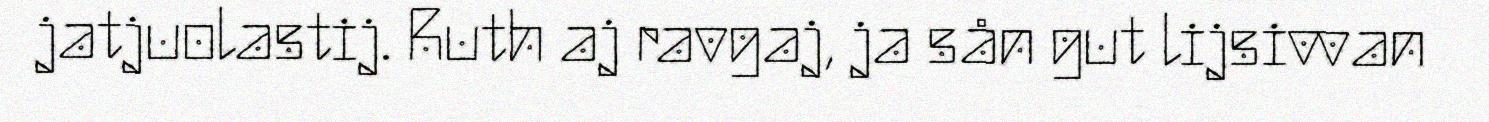
jatjuolastij. Ruth aj ravgaj, ja sån gut lijsivvan